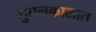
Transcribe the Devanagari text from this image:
मुघलकाळात